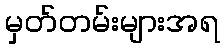
မှတ်တမ်းများအရ